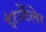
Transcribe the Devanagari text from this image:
इंटर्स्टेलेर